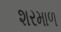
શરમાળ